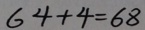
6 4 + 4 = 6 8